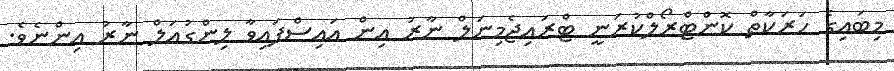
މިބައިގެ ހަރަކާތް ކޮންޓްރޯލްކުރަނީ ޓްރައިޖެމިނަލް ނާރު އިން އައިސްފައިވާ ލިންގުއަލް ނާރު އިންނެވެ.